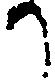
か